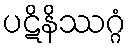
ပဋိနိဿဂ္ဂံ